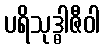
ပရိသုဒ္ဓါဇီဝါ